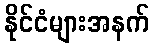
နိုင်ငံများအနက်